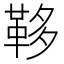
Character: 𩊥